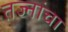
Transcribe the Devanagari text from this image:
तज्नांचा